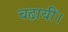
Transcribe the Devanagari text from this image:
चढ़ायीं।